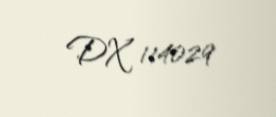
DX 114029